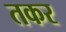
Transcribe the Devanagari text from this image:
तकर